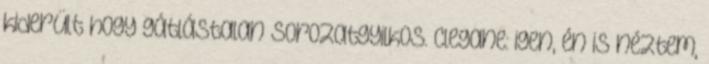
kiderült hogy gátlástalan sorozatgyilkos. clegane: igen, én is néztem,